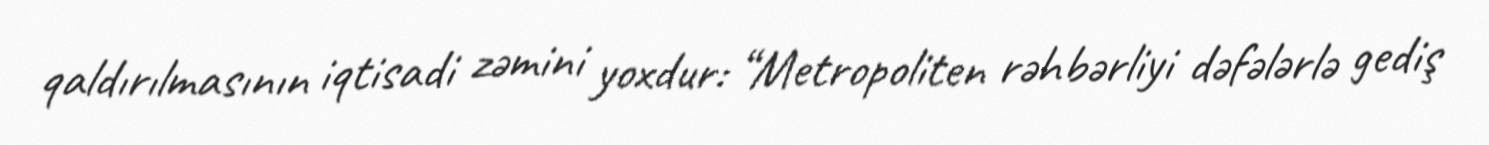
qaldırılmasının iqtisadi zəmini yoxdur: “Metropoliten rəhbərliyi dəfələrlə gediş